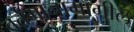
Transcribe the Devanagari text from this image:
वर्तमानामागील